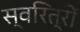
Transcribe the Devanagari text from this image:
स्वरित्रों